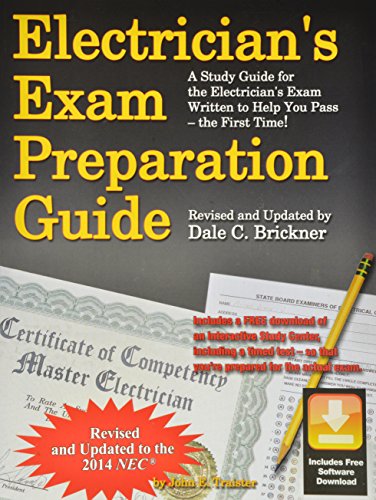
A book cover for Electrician's Exam Preparation Guide to the 2014 NEC; John E. Traister; Test Preparation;